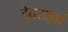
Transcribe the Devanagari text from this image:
देवराज्ञां